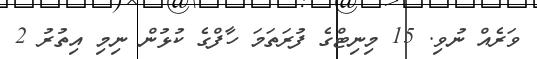
ވަރެއް ނުވި. 15 މިނިޓްގެ ފުރަތަމަ ހާފްގެ ކުޅުން ނިމި އިތުރު 2